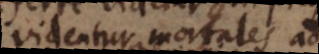
videntur mortales ad